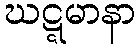
ဃဋ္ဋမာနာ